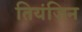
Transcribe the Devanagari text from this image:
तियंजिन